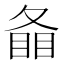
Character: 𥇠